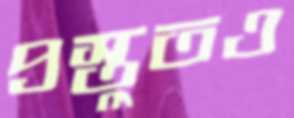
প্রস্তুতও